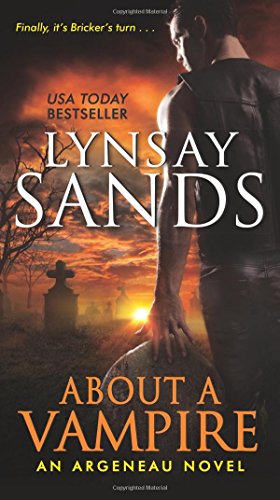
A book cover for About a Vampire: An Argeneau Novel (Argeneau Vampire); Lynsay Sands; Romance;